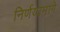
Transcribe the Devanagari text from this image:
निर्णयामागे